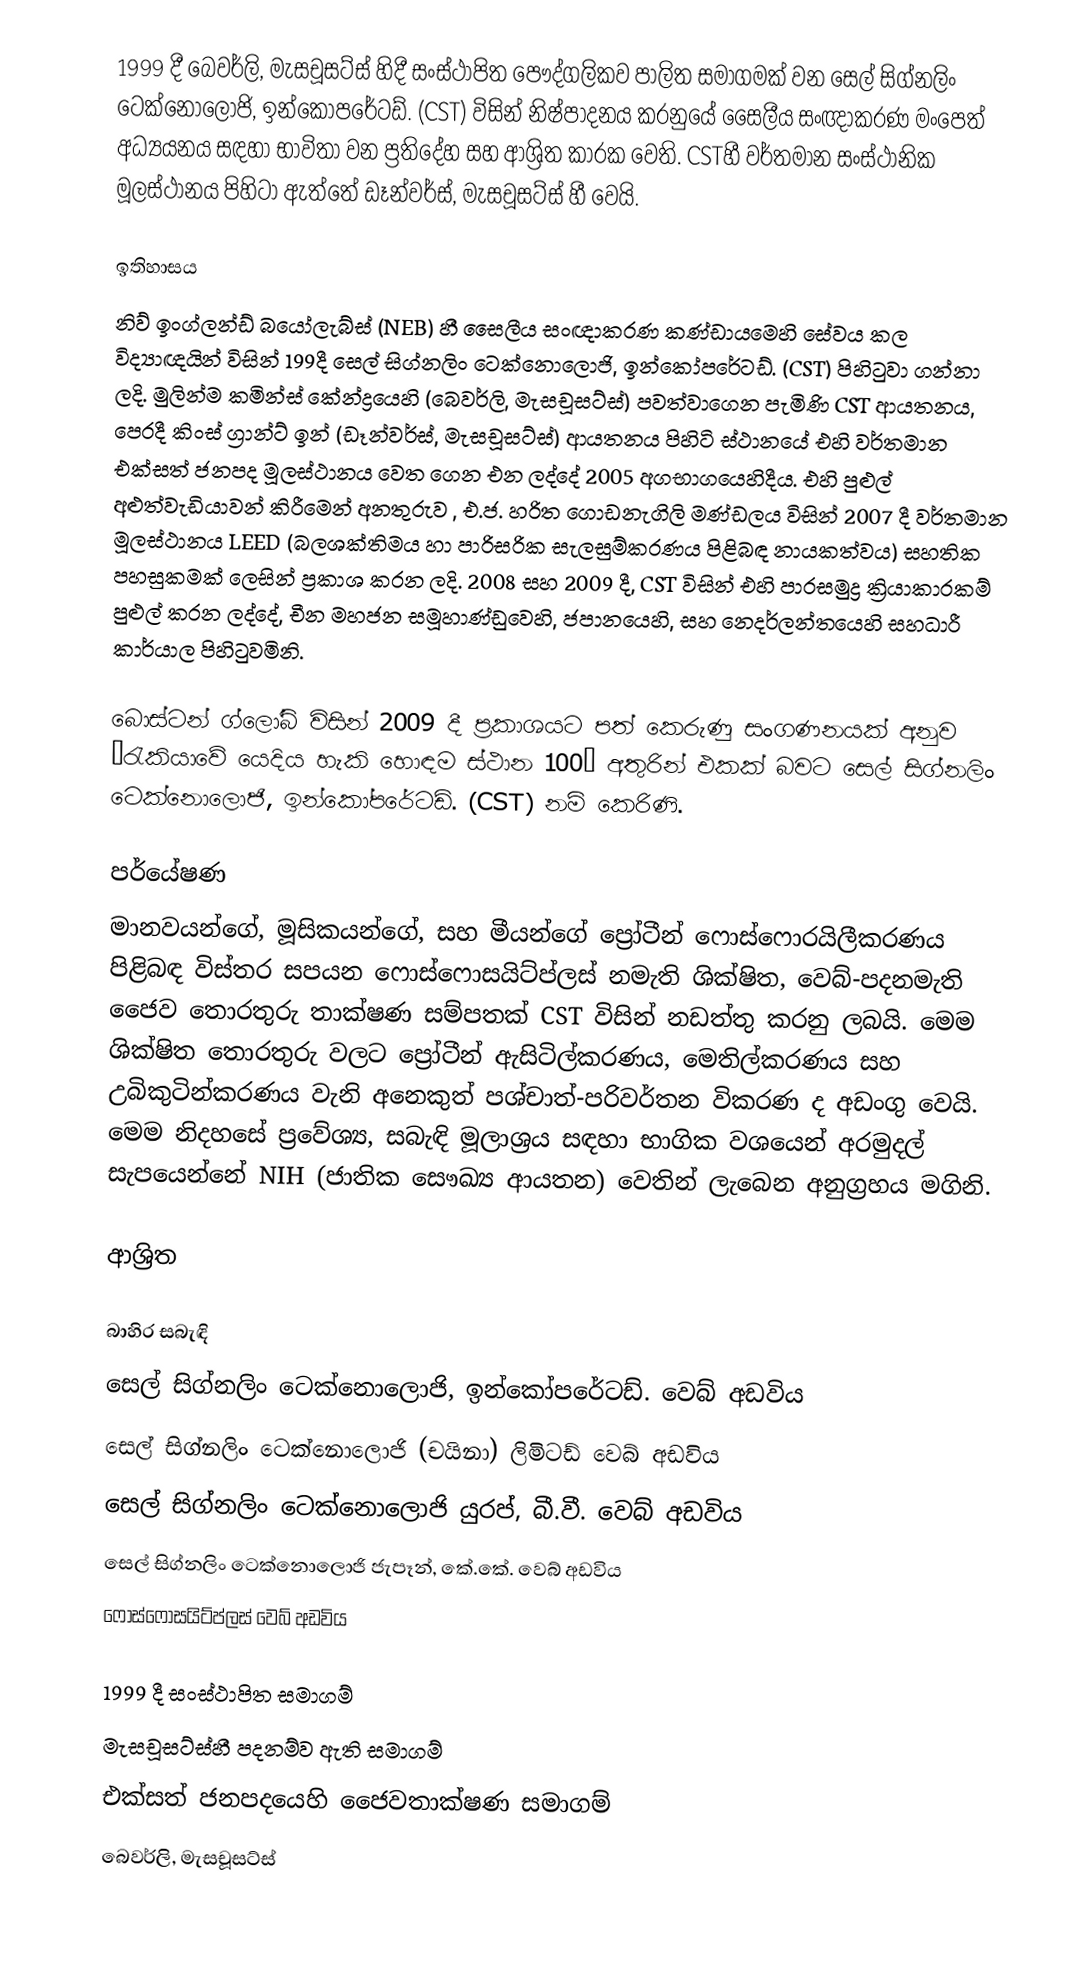
1999 දී බෙවර්ලි, මැසචූසට්ස් හිදී සංස්ථාපිත  පෞද්ගලිකව පාලිත සමාගමක්  වන  සෙල් සිග්නලිං ටෙක්නොලොජි, ඉන්කෝපරේටඩ්. (CST) විසින් නිෂ්පාදනය කරනුයේ  සෛලීය සංඥාකරණ මංපෙත් අධ්‍යයනය සඳහා භාවිතා වන  ප්‍රතිදේහ සහ ආශ්‍රිත කාරක වෙති. CSTහී වර්තමාන සංස්ථානික මූලස්ථානය පිහිටා ඇත්තේ ඩෑන්වර්ස්, මැසචූසට්ස් හී වෙයි.

ඉතිහාසය
නිව් ඉංග්ලන්ඩ් බයෝලැබ්ස් (NEB) හී සෛලීය සංඥාකරණ කණ්ඩායමෙහි සේවය කල විද්‍යාඥයින් විසින් 199දී සෙල් සිග්නලිං ටෙක්නොලොජි, ඉන්කෝපරේටඩ්. (CST) පිහිටුවා ගන්නා ලදි. මුලින්ම කමින්ස් කේන්ද්‍රයෙහි (බෙවර්ලි, මැසචූසට්ස්) පවත්වාගෙන පැමිණි CST ආයතනය, පෙරදී කිංස් ග්‍රාන්ට් ඉන් (ඩෑන්වර්ස්, මැසචූසට්ස්) ආයතනය පිහිටි ස්ථානයේ එහි වර්තමාන එක්සත් ජනපද මූලස්ථානය වෙත ගෙන එන ලද්දේ 2005 අගභාගයෙහිදීය. එහි පුළුල් අළුත්වැඩියාවන් කිරීමෙන් අනතුරුව , එ.ජ. හරිත ගොඩනැගිලි  මණ්ඩලය විසින් 2007 දී වර්තමාන මූලස්ථානය LEED (බලශක්තිමය හා පාරිසරික සැලසුම්කරණය පිළිබඳ නායකත්වය) සහතික පහසුකමක්  ලෙසින් ප්‍රකාශ කරන ලදි. 2008 සහ 2009 දී, CST විසින් එහි පාරසමුද්‍ර  ක්‍රියාකාරකම් පුළුල් කරන ලද්දේ, චීන මහජන සමූහාණ්ඩුවෙහි, ජපානයෙහි, සහ නෙදර්ලන්තයෙහි සහධාරී කාර්යාල පිහිටුවමිනි.

බොස්ටන් ග්ලෝබ් විසින් 2009 දී  ප්‍රකාශයට පත් කෙරුණු සංගණනයක් අනුව “රැකියාවේ යෙදිය හැකි හොඳම ස්ථාන 100” අතුරින් එකක් බවට  සෙල් සිග්නලිං ටෙක්නොලොජි, ඉන්කෝපරේටඩ්. (CST) නම් කෙරිණි.

පර්යේෂණ
මානවයන්ගේ, මූසිකයන්ගේ, සහ මීයන්ගේ ප්‍රෝටීන්  ෆොස්ෆොරයිලීකරණය පිළිබඳ විස්තර සපයන  ෆොස්ෆොසයිට්ප්ලස් නමැති  ශික්ෂිත, වෙබ්-පදනමැති  ජෛව තොරතුරු තාක්ෂණ  සම්පතක්  CST විසින් නඩත්තු කරනු ලබයි. මෙම ශික්ෂිත තොරතුරු වලට  ප්‍රෝටීන් ඇසිටිල්කරණය, මෙතිල්කරණය සහ උබිකුටින්කරණය වැනි අනෙකුත්  පශ්චාත්-පරිවර්තන විකරණ ද අඩංගු වෙයි. මෙම නිදහසේ ප්‍රවේශ්‍ය, සබැඳි මූලාශ්‍රය  සඳහා භාගික වශයෙන් අරමුදල් සැපයෙන්නේ NIH (ජාතික සෞඛ්‍ය ආයතන) වෙතින් ලැබෙන අනුග්‍රහය මගිනි.

ආශ්‍රිත

බාහිර සබැඳි
 සෙල් සිග්නලිං ටෙක්නොලොජි, ඉන්කෝපරේටඩ්. වෙබ් අඩවිය
 සෙල් සිග්නලිං ටෙක්නොලොජි (චයිනා) ලිමිටඩ් වෙබ් අඩවිය
 සෙල් සිග්නලිං ටෙක්නොලොජි යුරප්, බී.වී. වෙබ් අඩවිය
 සෙල් සිග්නලිං ටෙක්නොලොජි ජැපෑන්, කේ.කේ. වෙබ් අඩවිය
 ෆොස්ෆොසයිට්ප්ලස් වෙබ් අඩවිය

1999 දී සංස්ථාපිත සමාගම්
මැසචූසට්ස්හී පදනම්ව ඇති සමාගම්
එක්සත් ජනපදයෙහි ජෛවතාක්ෂණ සමාගම්
බෙවර්ලි, මැසචූසට්ස්